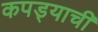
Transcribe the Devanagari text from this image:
कपड्याची